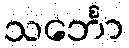
သင်္ဘော